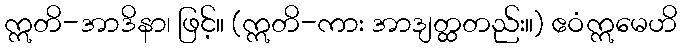
ဣတိ-အာဒိနာ၊ ဖြင့်။ (ဣတိ-ကား အာဒျတ္ထတည်း။) ဧဝံဣမေဟိ